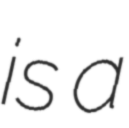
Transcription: is a